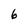
Character: 6